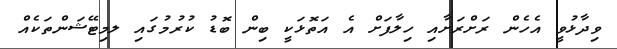
ވިދާޅުވީ އެހެން ރަށްރަށާއި ހިލާފަށް އެ އަތޮޅަކީ ބިން ބޮޑު ކުރުމުގައި ލމިޓޭޝަންތަކެއް